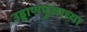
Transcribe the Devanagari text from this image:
उड्डाणपुलाच्या